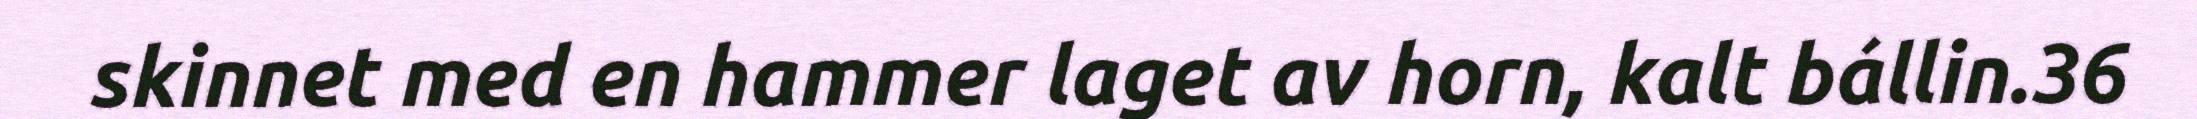
skinnet med en hammer laget av horn, kalt bállin.36